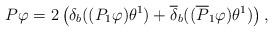
LaTeX: \begin{align*}P\varphi =2\left( \delta _{b}((P_{1}\varphi )\theta ^{1})+\overline{\delta }_{b}((\overline{P}_{1}\varphi )\theta ^{1})\right) , \end{align*}